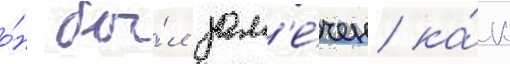
о́н бы́л зам'е́чен ка́к